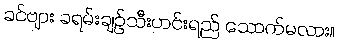
ခင်ဗျား ခရမ်းချဉ်သီးဟင်းရည် သောက်မလား။